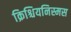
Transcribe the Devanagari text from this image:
क्रिश्चियनिस्मस